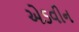
એડવીન